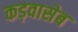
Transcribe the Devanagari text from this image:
कड़वासेब